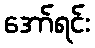
အော်ရင်း